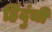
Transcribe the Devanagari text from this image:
हिंदुंची